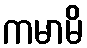
ကမာမိ